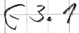
Text: E3.1